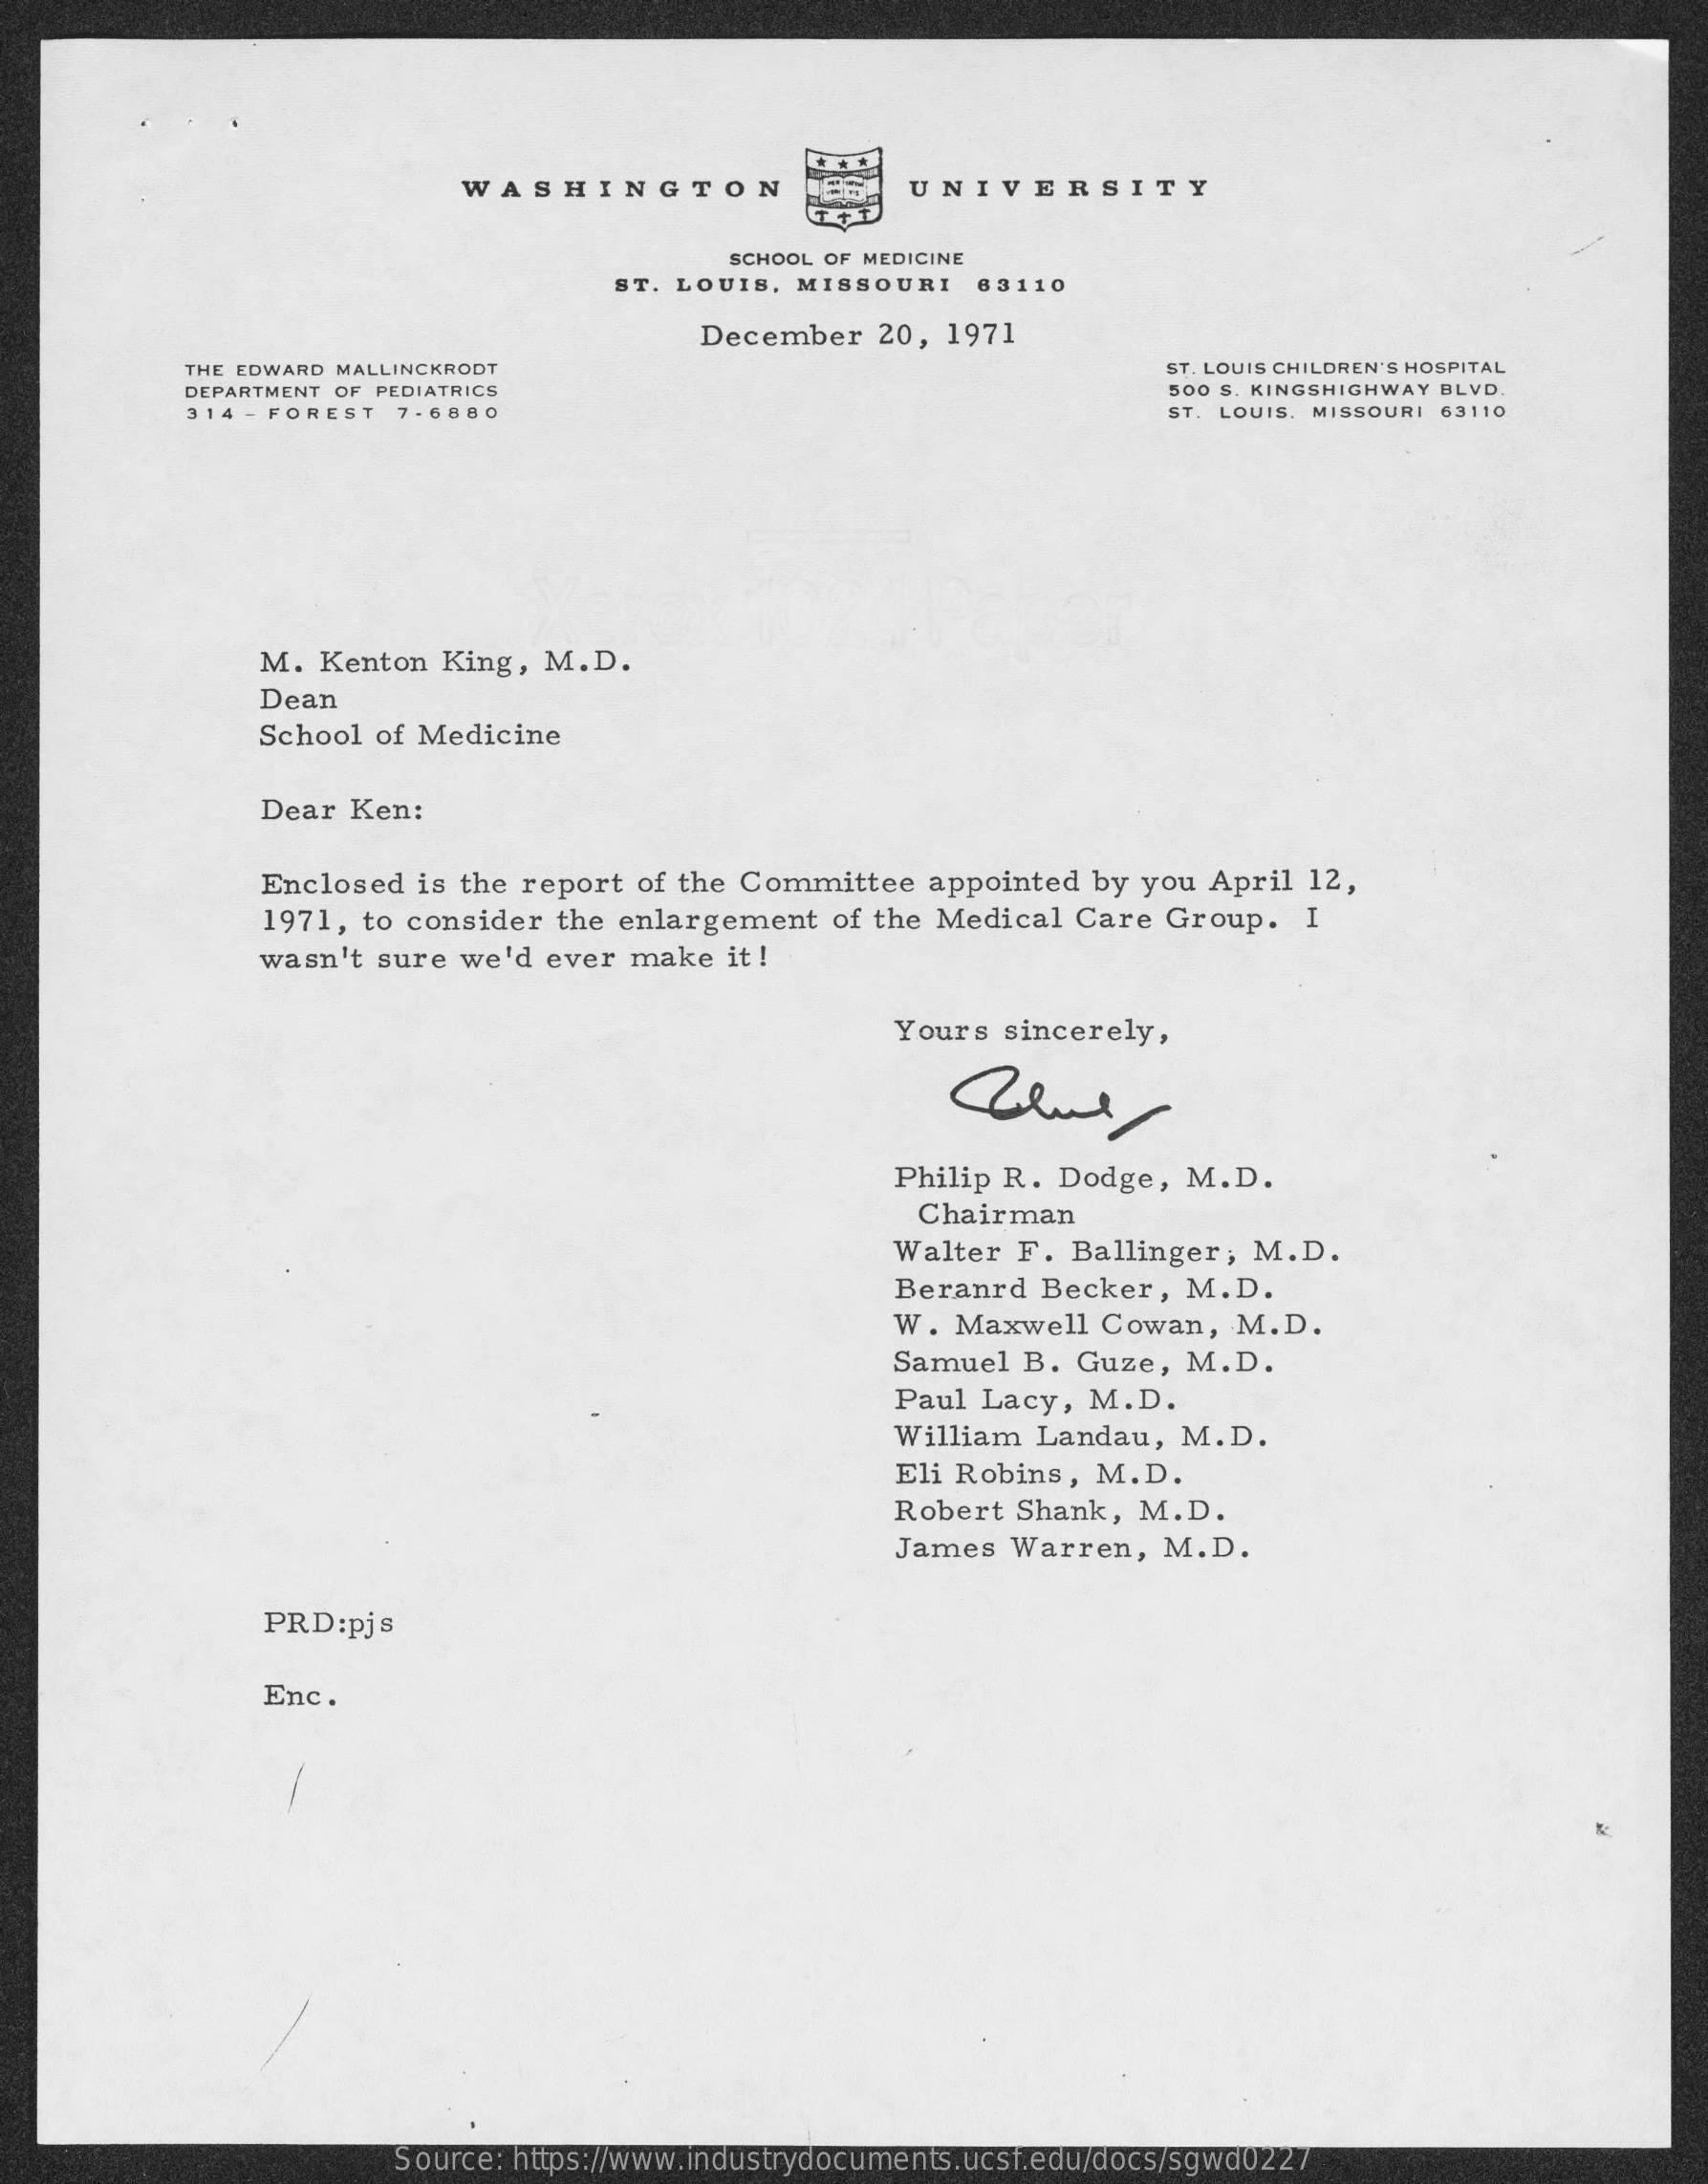
WASHINGTON    UNIVERSITY
     SCHOOL OF MEDICINE
     ST. LOUIS, MISSOURI    63110
     December    20, 1971
     THE EDWARD MALLINCKRODT    ST. LOUIS CHILDREN'S HOSPITAL
     DEPARTMENT OF PEDIATRICS    500 S. KINGSHIGHWAY BLVD.
     314 - FOREST  7- 6880    ST. LOUIS, MISSOURI 63110
     M.  Kenton King,  M.D.
     Dean
     School of Medicine
     Dear Ken:
     Enclosed  is the report of the Committee   appointed by you  April 12,
     1971, to consider  the enlargement   of the Medical Care  Group.   I
     wasn't sure  we'd ever  make  it !
     Yours  sincerely,
     Philip R. Dodge,  M.D.
     Chairman
     Walter F.  Ballinger,  M.D.
     Beranrd  Becker,  M.D.
     W. Maxwell   Cowan,   M.D.
     Samuel  B. Guze,  M.D.
     Paul Lacy,  M.D.
     William  Landau,  M.D.
     Eli Robins, M.D.
     Robert Shank,  M.D.
     James  Warren,   M.D.
     PRD:pjs
     Enc.
     Source: https://www.industrydocuments.ucsf.edu/docs/sgwd0227